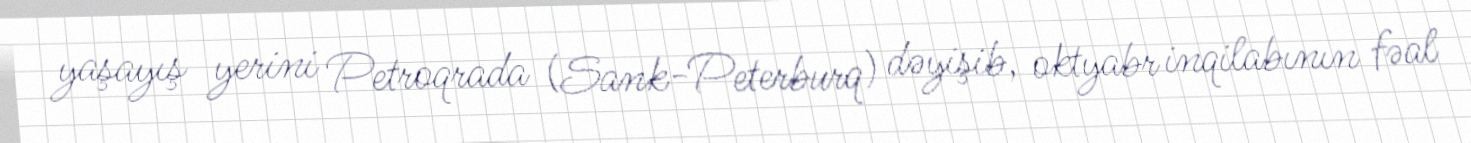
yaşayış yerini Petroqrada (Sank-Peterburq) dəyişib, oktyabr inqilabının fəal